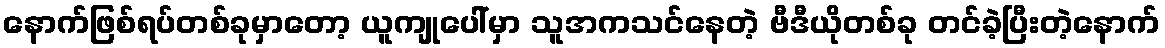
နောက်ဖြစ်ရပ်တစ်ခုမှာတော့ ယူကျုပေါ်မှာ သူအကသင်နေတဲ့ ဗီဒီယိုတစ်ခု တင်ခဲ့ပြီးတဲ့နောက်